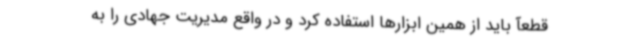
قطعآ باید از همین ابزارها استفاده کرد و در واقع مدیریت جهادی را به